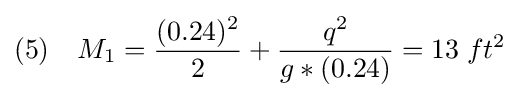
(5)\quad M_{1}={\frac {(0.24)^{2}}{2}}+{\frac {q^{2}}{g*(0.24)}}=13\;ft^{2}